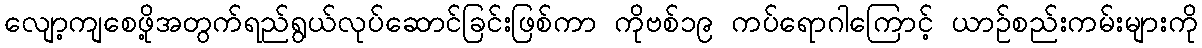
လျော့ကျစေဖို့အတွက်ရည်ရွယ်လုပ်ဆောင်ခြင်းဖြစ်ကာ ကိုဗစ်၁၉ ကပ်ရောဂါကြောင့် ယာဉ်စည်းကမ်းများကို